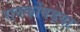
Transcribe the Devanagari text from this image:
रानकोंबड़या